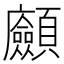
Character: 𩖆